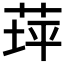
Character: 𦱾